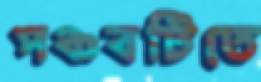
পঞ্চবটিতে